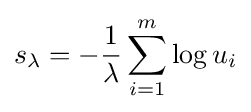
s_{\lambda }=-{\frac {1}{\lambda }}\sum _{i=1}^{m}\log u_{i}